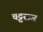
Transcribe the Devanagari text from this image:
चट्टराज